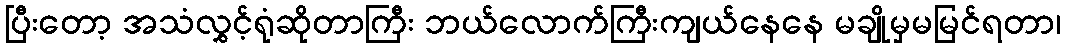
ပြီးတော့ အသံလွှင့်ရုံဆိုတာကြီး ဘယ်လောက်ကြီးကျယ်နေနေ မချိုမှမမြင်ရတာ၊